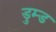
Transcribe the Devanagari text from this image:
डुम्ड